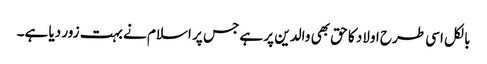
بالکل اسی طرح اولاد کا حق بھی والدین پر ہے جس پر اسلام نے بہت زور دیا ہے۔